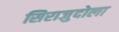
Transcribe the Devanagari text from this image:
सिराजुदोला